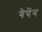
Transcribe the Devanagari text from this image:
येचेंग